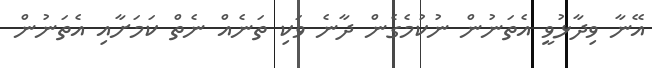
އޭނާ ވިދާޅުވީ އެތަނުން ނުކުމެގެން ދާނެ ވަކި ތަނެއް ނެތް ކަމަށާއި އެތަނުން